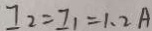
I _ { 2 } = I _ { 1 } = 1 . 2 A